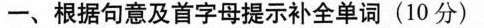
一、根据句意及首字母提示补全单词(10 分)